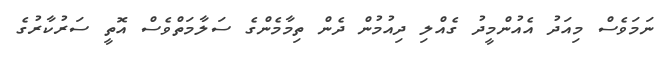
ނަމަވެސް މިއަދު އެއުންމީދު ގެއްލި ދިއުމުން ދެން ތިމާމެންގެ ސަލާމަތްވެސް އޮތީ ސަރުކާރުގެ